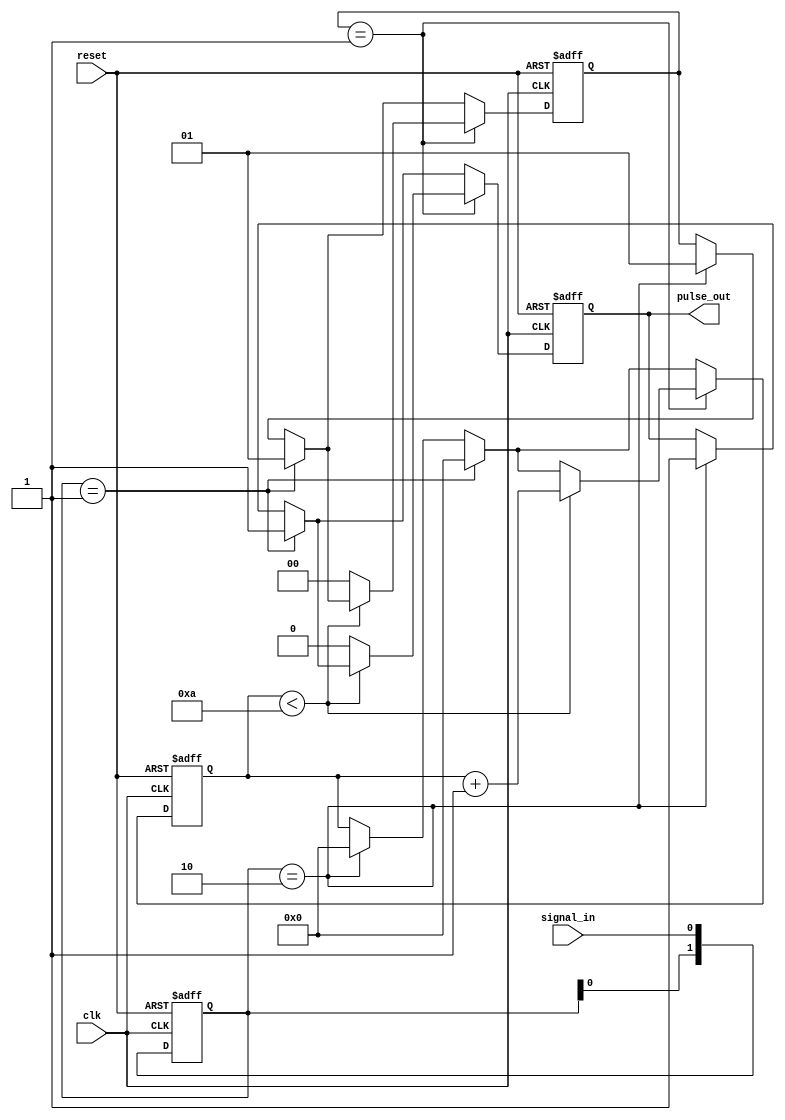
module MonostableEdgeDetector #(
    parameter PULSE_WIDTH = 10 // Pulse width in clock cycles
) (
    input wire clk,             // Clock signal
    input wire reset,           // Asynchronous reset
    input wire signal_in,       // Input signal
    output reg pulse_out        // Output pulse
);

    reg [1:0] state;            // Current state
    reg [1:0] prev_state;       // Previous state
    reg [3:0] counter;          // Counter for pulse width

    // State encoding
    localparam IDLE = 2'b00;
    localparam PULSE = 2'b01;

    // Edge detection logic
    always @(posedge clk or posedge reset) begin
        if (reset) begin
            state <= IDLE;
            prev_state <= 2'b00;
            pulse_out <= 0;
            counter <= 0;
        end else begin
            prev_state <= {prev_state[0], signal_in}; // Shift in the current signal_in
            
            // Detect rising edge
            if (prev_state == 2'b01) begin
                state <= PULSE;
                pulse_out <= 1;
                counter <= 0;
            end
            // Detect falling edge
            else if (prev_state == 2'b10) begin
                state <= PULSE;
                pulse_out <= 1;
                counter <= 0;
            end
            
            // Pulse generation logic
            if (state == PULSE) begin
                if (counter < PULSE_WIDTH) begin
                    counter <= counter + 1;
                end else begin
                    state <= IDLE;
                    pulse_out <= 0;
                end
            end
        end
    end

endmodule